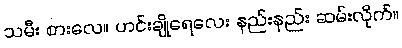
သမီး စားလေ။ ဟင်းချိုရေလေး နည်းနည်း ဆမ်းလိုက်။